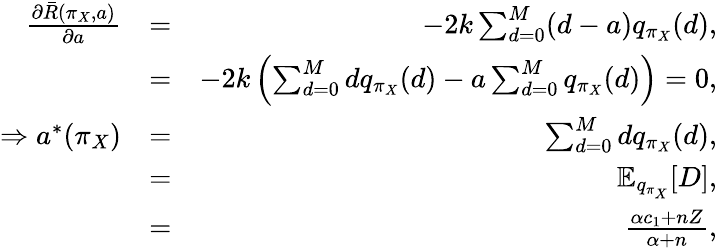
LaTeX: \begin{array}{rlr}{\frac{\partial{\bar{R}(\pi_{X},a)}}{\partial{a}}}&{=}&{-2k\sum_{d=0}^{M}(d-a)q_{\pi_{X}}(d),}\\ &{=}&{-2k\left(\sum_{d=0}^{M}dq_{\pi_{X}}(d)-a\sum_{d=0}^{M}q_{\pi_{X}}(d)\right)=0,}\\ {\Rightarrow a^{*}(\pi_{X})}&{=}&{\sum_{d=0}^{M}dq_{\pi_{X}}(d),}\\ &{=}&{\mathbb{E}_{q_{\pi_{X}}}[D],}\\ &{=}&{\frac{\alpha c_{1}+nZ}{\alpha+n},}\end{array}